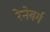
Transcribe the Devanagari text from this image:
रेनेबर्ग